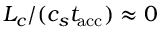
L _ { c } / ( c _ { s } t _ { \mathrm { a c c } } ) \approx 0